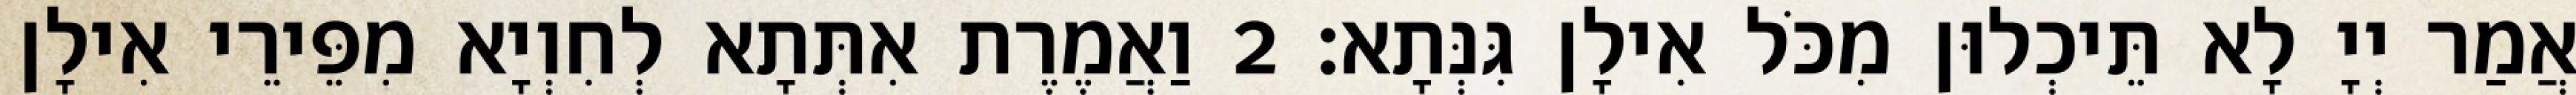
אֲמַר יְיָ לָא תֵּיכְלוּן מִכֹּל אִילָן גִּנְּתָא׃ 2 וַאֲמֶרֶת אִתְּתָא לְחִוְיָא מִפֵּירֵי אִילָן